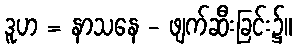
ဒူဟ = နာသနေ - ဖျက်ဆီးခြင်း၌။